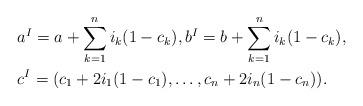
LaTeX: \begin{align*} &a^I=a+\sum_{k=1}^n i_k(1-c_k), b^I=b+\sum_{k=1}^n i_k(1-c_k), \\ &c^I=(c_1+2i_1(1-c_1),\dots,c_n+2i_n(1-c_n)).\end{align*}